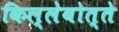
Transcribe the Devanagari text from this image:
किल्लेबोत्ते